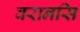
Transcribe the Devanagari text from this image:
वरानसि